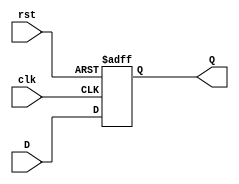
module FFD_NoCE
	# (parameter W = 16)
	(
		input wire clk, 
		input wire rst, 
		input wire [W-1:0] D, 
		output reg [W-1:0] Q 
    );
	always @(posedge clk, posedge rst)
		if(rst)
			Q <= 0;
		else
			Q <= D;
endmodule